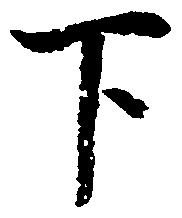
下